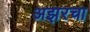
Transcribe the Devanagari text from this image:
अझरचा